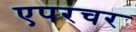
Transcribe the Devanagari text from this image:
एपरचर